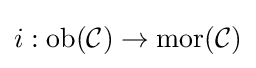
i:\operatorname {ob} ({\mathcal {C}})\to \operatorname {mor} ({\mathcal {C}})